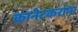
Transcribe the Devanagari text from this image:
कानेटकरांना